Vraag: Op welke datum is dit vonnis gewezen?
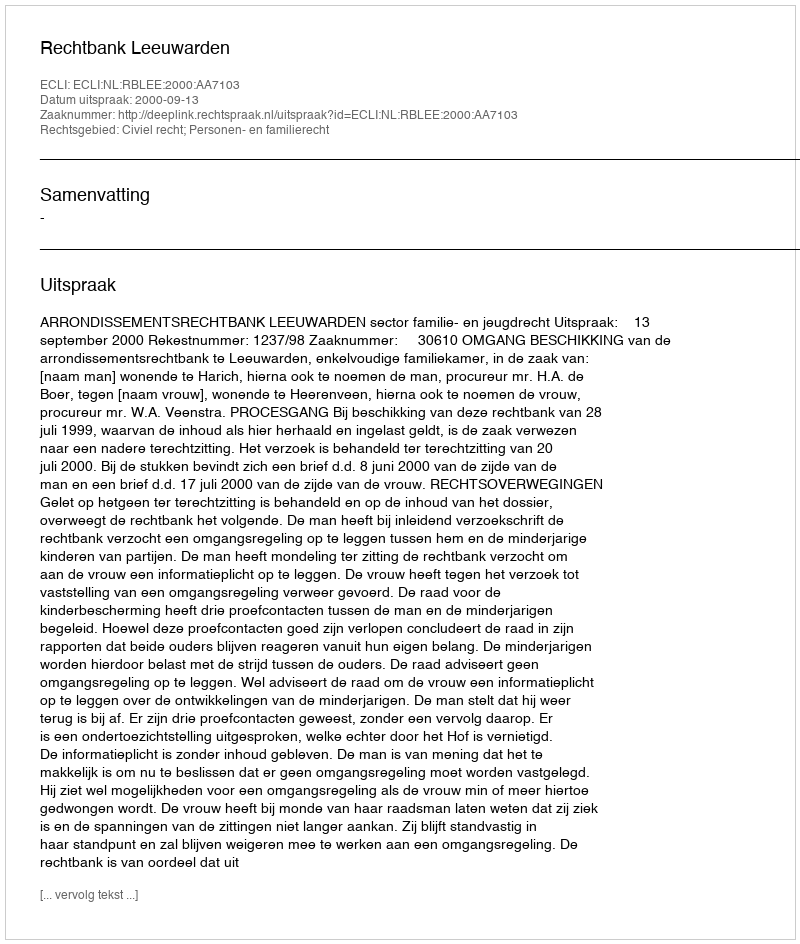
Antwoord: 2000-09-13